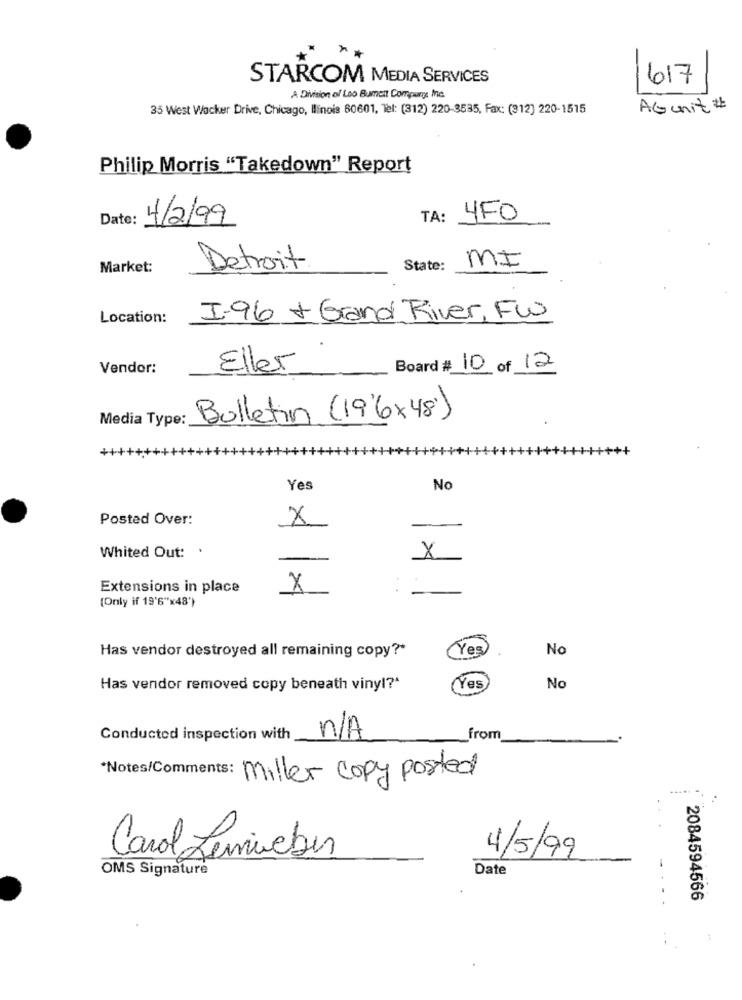
STARCOM MEDIA SERVICES
617
A Division of Loo Bument Compurge Inc.
35 West Wacker Drive, Chicago, Ilinois 60601, Tel: (312) 220-3535, Fax: (312) 220-1515
AGunit #
Philip Morris "Takedown" Report
Date:
4/2/99
TA:
4FO
MI
Market:
Detroit
State:
Location:
I-96 + Grand River, Fw
Vendor:
Eller
Board # 10 of 12
Media Type:
Bulletin (19'6x48)
Yes
No
Posted Over:
X
X
Whited Out: .
Extensions in place
X
-
(Only if 19'6"x48')
(Yes)
No
Has vendor destroyed all remaining copy ?*
Has vendor removed copy beneath vinyl?"
(Yes
No
Conducted inspection with
n/A
from
*Notes/Comments: miller copy posted
4/5/99
Carol Lenieber
OMS Signature
Date
2084594566